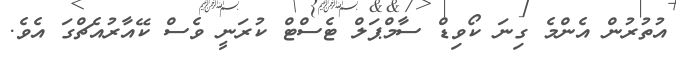
އުތުރުން އެންމެ ގިނަ ކޯވިޑް ސާމްޕަލް ޓެސްޓް ކުރަނީ ވެސް ކޭއާރުއެޗްގަ އެވެ.